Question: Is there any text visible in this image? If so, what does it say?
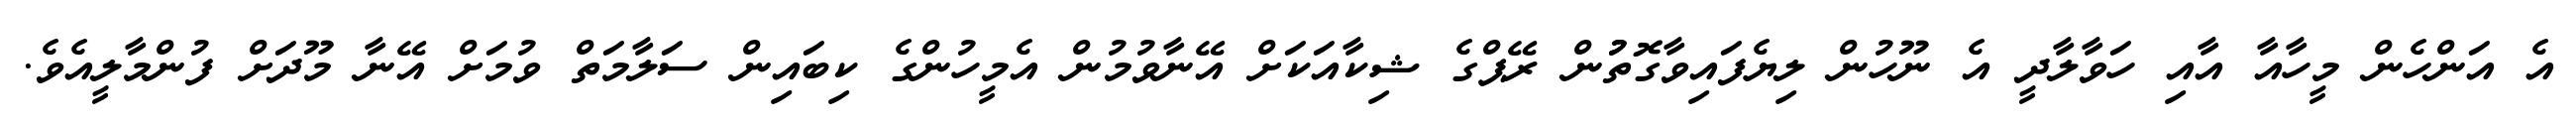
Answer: އެ އަންހެން މީހާއާ އާއި ހަވާލާދީ އެ ނޫހުން ލިޔެފައިވާގޮތުުން ރޭޕްގެ ޝިކާއަކަށް އޭނާވުމުން އެމީހުންގެ ކިބައިން ސަލާމަތް ވުމަށް އޭނާ މޫދަށް ފުންމާލީއެވެ.